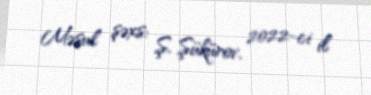
Məsul şəxs: Ş. Şükürov, 2022-ci il